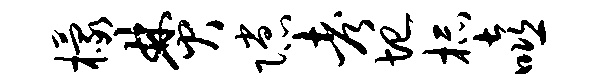
檬焚隙考圮杯嘻